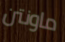
ماونتن